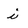
Character: i